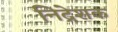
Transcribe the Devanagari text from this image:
निद्रेशक